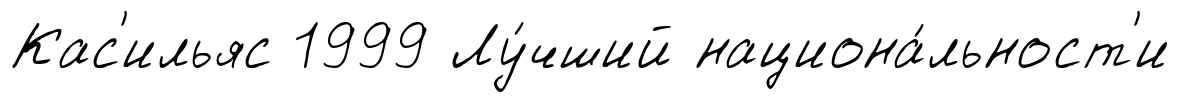
Кас'ильяс 1999 Лу́чший национа́льност'и